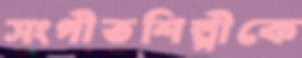
সংগীতশিল্পীকে